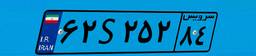
۶۲S۲۵۲۸۴